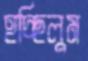
হচ্ছিলুম